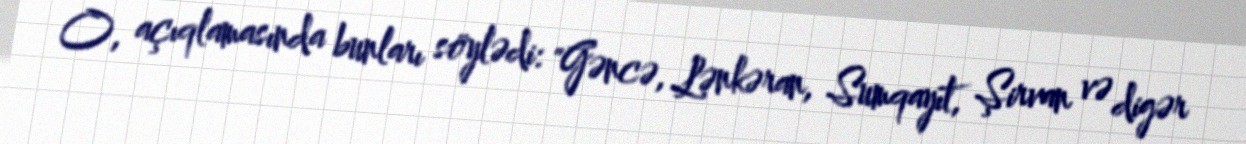
O, açıqlamasında bunları söylədi: "Gəncə, Lənkəran, Sumqayıt, Şirvan və digər